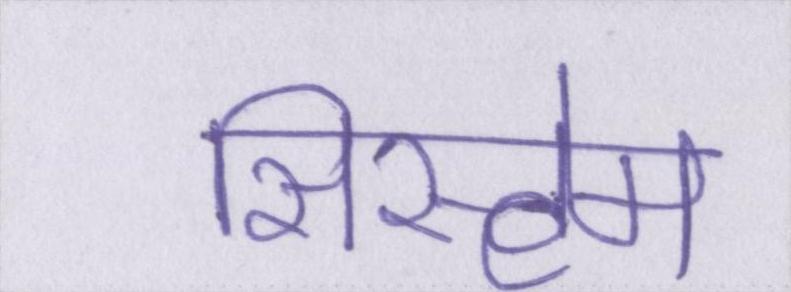
सिस्टेम